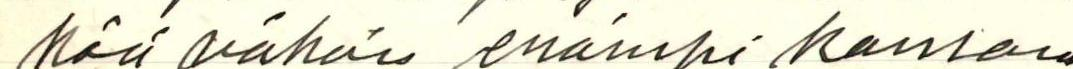
kää vähän enämpi kansan